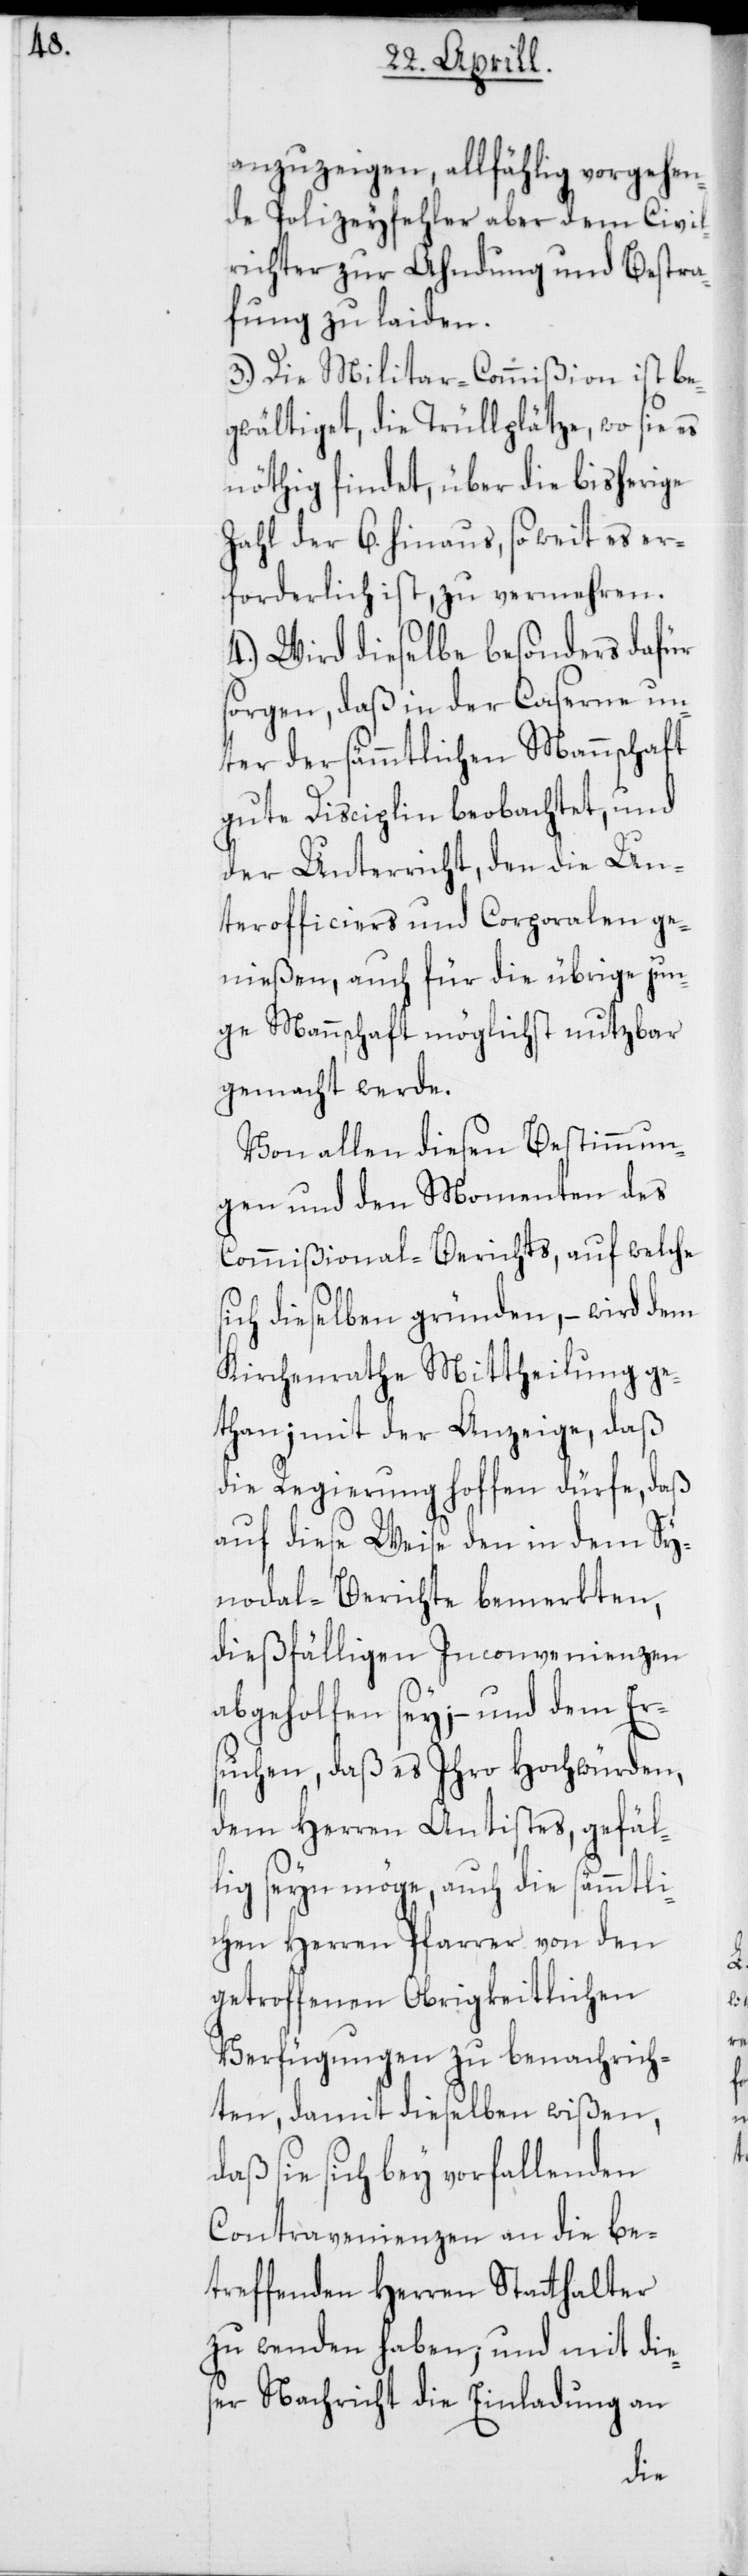
anzuzeigen, allfählig vorgehen¬
de Polizeyfehler aber dem Civil¬
richter zur Ahndung und Bestra¬
fung zu laiden.
3.) Die Militar-Commißion ist be¬
gwältiget, die Trüllplätze, wo sie es
nöthig findet, über die bisherige
Zahl der 6. hinaus, so weit es er¬
forderlich ist, zu vermehren.
4.) Wird dieselbe besonders dafür
sorgen, daß in der Caserne un¬
ter der sämmtlichen Mannschaft
gute Disciplin beobachtet, und
der Unterricht, den die Un¬
terofficiers und Corporalen ge¬
nißen, auch für die übrige jun¬
ge Mannschaft möglichst nutzbar
gemacht werde.
Von allen diesen Bestimmun¬
gen und den Momenten des
Commißional-Berichts, auf welche
sich dieselben gründen, – wird dem
Kirchenrathe Mittheilung ge¬
than; mit der Anzeige, daß
die Regierung hoffen dürfe, daß
auf diese Weise den in dem Sy¬
nodal-Berichte bemerkten,
dießfälligen Inconvenienzen
abgeholfen sey, – und dem Er¬
suchen, daß er Ihro Hochwürden,
dem Herren Antistes gefäl¬
lig seyn möge, auch die sämmtli¬
chen Herren Pfarrer von den
getroffenen Obrigkeitlichen
Verfügungen zu benachrich¬
ten, damit dieselben wißen,
daß sie sich bey vorfallenden
Contravenienzen an die be¬
treffenden Herren Stathalter
zu wenden haben; und mit die¬
ser Nachricht die Einladung an